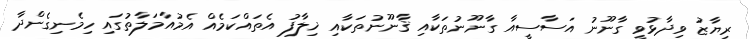
ރިޔާޒު ވިދާޅުވީ ގާނޫނު އަސާސީއާ ގާނޫނުތަކާއި ޤާނޫނުތަކާއި ޚިލާފު އެތައްކަމެއް އެމުއާމަލާތުގައި ހިމެނިގެންދާ